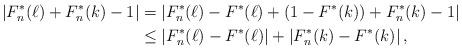
LaTeX: \begin{align*}\left|F_n^\ast(\ell) + F_n^\ast(k) - 1\right| &= \left|F_n^\ast(\ell) - F^\ast(\ell) + (1 - F^\ast(k)) + F_n^\ast(k) - 1\right| \\ &\le \left|F_n^\ast(\ell) - F^\ast(\ell)\right| + \left|F_n^\ast(k) - F^\ast(k)\right|,\end{align*}